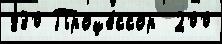
830 Проце́ссор  200